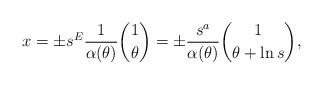
LaTeX: \begin{align*} x=\pm s^E \frac{1}{\alpha(\theta)} \binom1 \theta=\pm\frac{s^a}{\alpha(\theta)} \binom1 {\theta+\ln s},\end{align*}